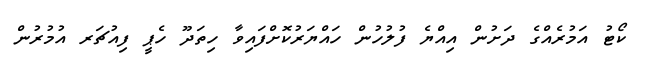
ކޯޓު އަމުރެއްގެ ދަށުން އިއްޔެ ފުލުހުން ހައްޔަރުކޮށްފައިވާ ހިތަދޫ ހެޕީ ފިއުޗަރ އުމުރުން